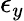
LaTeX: \epsilon_{y}